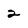
Character: 2